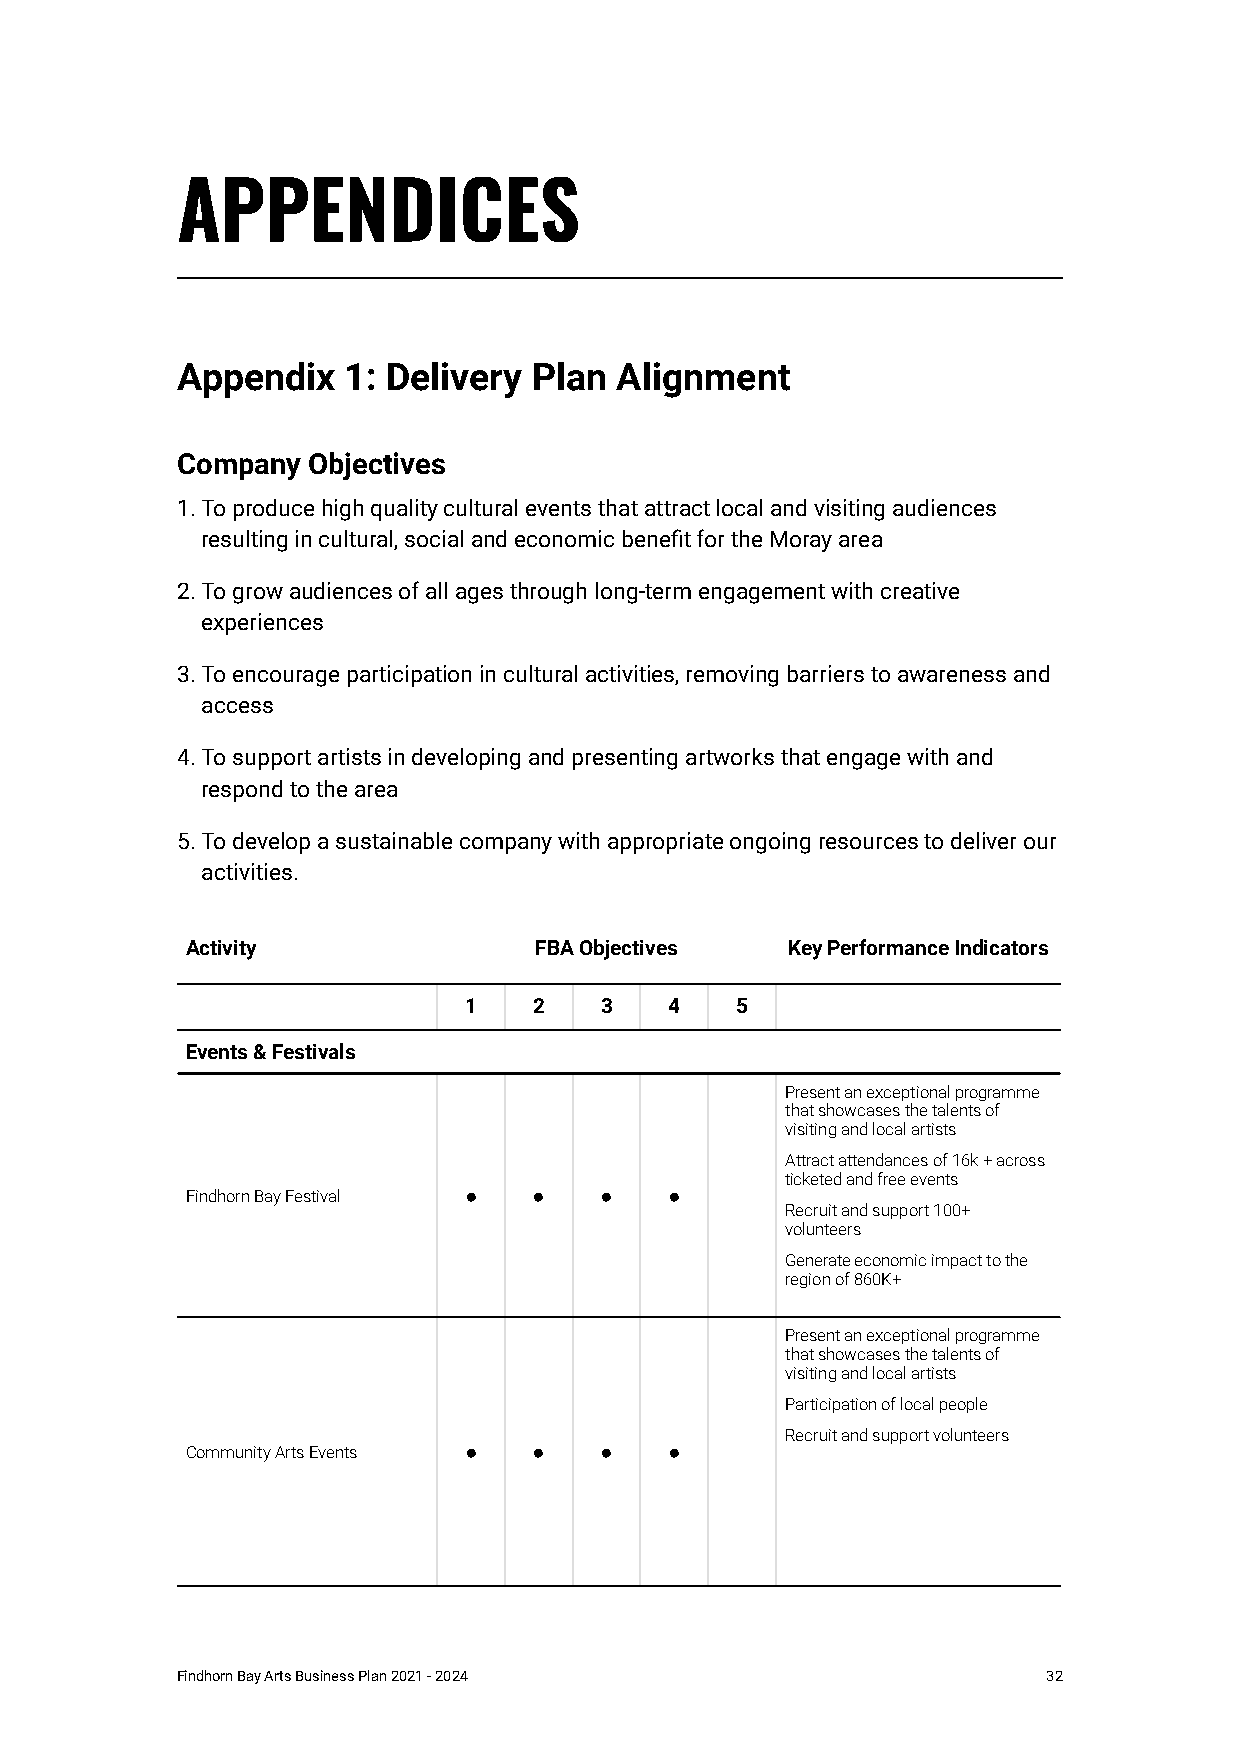
APPENDICES
 Appendix   1: Delivery Plan  Alignment
 Company Objectives
 1.To produce high quality cultural events that attract local and visiting audiences
 resulting in cultural, social and economic benefit for the Moray area
 2.To grow audiences of all ages through long-term engagement with creative
 experiences
 3.To encourage participation in cultural activities, removing barriers to awareness and
 access
 4.To support artists in developing and presenting artworks that engage with and
 respond to the area
 5.To develop a sustainable company with appropriate ongoing resources to deliver our
 activities.
 Activity               FBA Objectives   Key Performance Indicators
 1   2    3   4    5
 Events & Festivals
 Present an exceptional programme
 that showcases the talents of
 visiting and local artists
 Attract attendances of 16k + across
 ticketed and free events
 Findhorn Bay Festival ● ●   ●   ●
 Recruit and support 100+
 volunteers
 Generate economic impact to the
 region of 860K+
 Present an exceptional programme
 that showcases the talents of
 visiting and local artists
 Participation of local people
 Recruit and support volunteers
 Community Arts Events ● ●   ●   ●
 Findhorn Bay Arts Business Plan 2021 - 2024              32